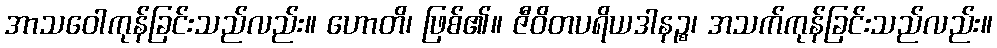
အာသဝေါကုန်ခြင်းသည်လည်း။ ဟောတိ၊ ဖြစ်၏။ ဇီဝိတပရိယဒါနဉ္စ၊ အသက်ကုန်ခြင်းသည်လည်း။